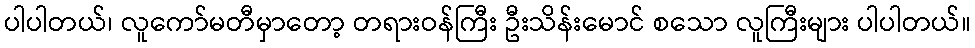
ပါပါတယ်၊ လူကော်မတီမှာတော့ တရားဝန်ကြီး ဦးသိန်းမောင် စသော လူကြီးများ ပါပါတယ်။